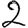
Digit: 2